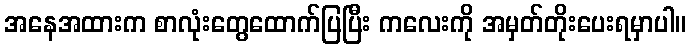
အနေအထားက စာလုံးတွေထောက်ပြပြီး ကလေးကို အမှတ်တိုးပေးရမှာပါ။